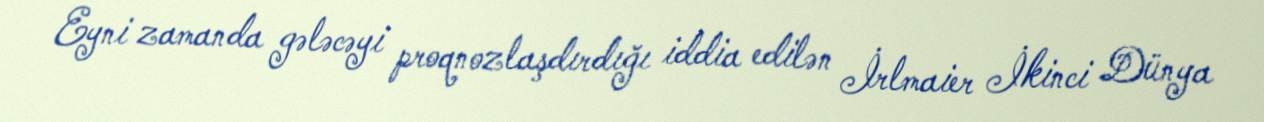
Eyni zamanda gələcəyi proqnozlaşdırdığı iddia edilən İrlmaier İkinci Dünya